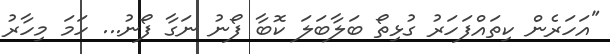
"އަހަރެން ކިތައްފަހަރު ގުޅިތޯ ބަލާބަލަ ކޮބާ ފޯނު ނަގާ ފޯނު... ހަމަ މިހާރު